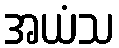
အယံသ